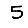
Digit: 5